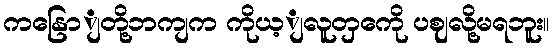
ကနြောျတို့ဘကျက ကိုယ့ျလူတှကေို ပဈလို့မရဘူး။